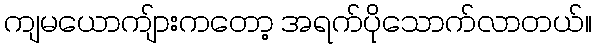
ကျမယောကျ်ားကတော့ အရက်ပိုသောက်လာတယ်။